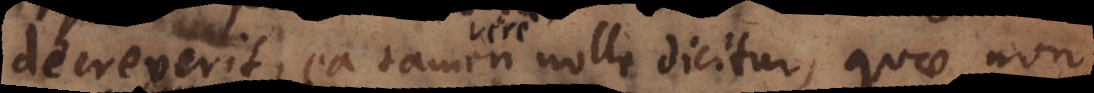
it, ea tamen nolle dicitur, quae non